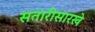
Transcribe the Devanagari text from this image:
सतारीसारखे